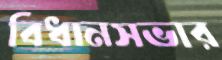
বিধানসভার